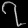
Digit: ၇